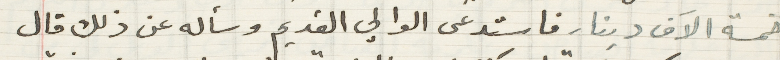
خمسة الاَف دينار فاستدعى الوالي القديم وسأله عن ذلك قال